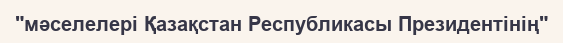
"мәселелері Қазақстан Республикасы Президентінің"